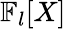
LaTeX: \mathbb{F}_{l}[X]